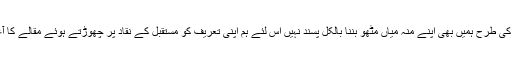
ہر عظیم انسان کی طرح ہمیں بھی اپنے منہ میاں مٹھو بننا بالکل پسند نہیں اس لئے ہم اپنی تعریف کو مستقبل کے نقّاد پر چھوڑتے ہوئے مقالے کا آغاز کرتے ہیں۔